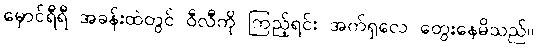
မှောင်ရီရီ အခန်းထဲတွင် ဝီလီကို ကြည့်ရင်း အက်ရှလေ တွေးနေမိသည်။